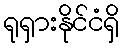
ရုရှားနိုင်ငံရှိ